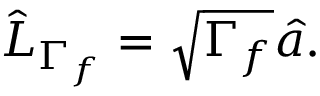
\hat { L } _ { \Gamma _ { f } } = \sqrt { \Gamma _ { f } } \hat { a } .